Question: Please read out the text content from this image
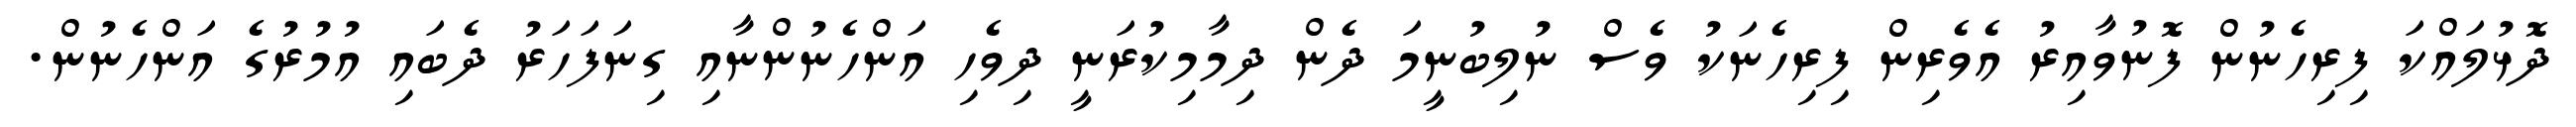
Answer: ދޮޅުލައްކަ ފިރިހެނުން ފޮނުވާއިރު އެވެރިން ފިރިހެނަކު ވެސް ނުލިބުނީމަ ދެން ދިމާމިކުރަނީ ދިވެހި އަންހެނުންނާއި ގިނަފަހަރު ދެބައި އުމުރުގެ އަންހެނުން.